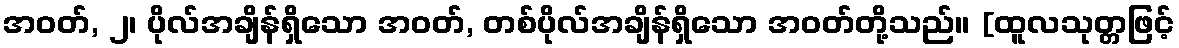
အဝတ်, ၂၊ ပိုလ်အချိန်ရှိသော အဝတ်, တစ်ပိုလ်အချိန်ရှိသော အဝတ်တို့သည်။ [ထူလသုတ္တဖြင့်